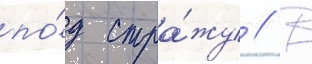
по́д стра́жу // В